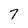
Character: 7